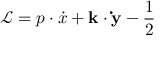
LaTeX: \mathcal { L } = p \cdot \dot { x } + \mathbf { k } \cdot \mathbf { \dot { y } } - \frac { 1 } { 2 }